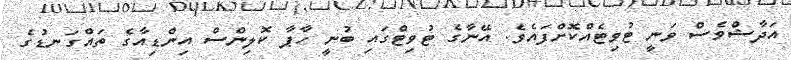
އަދާޝްވެސް ވަނީ ޓުވިޓެއްކޮށްފައެވެ. އޭނާގެ ޓުވިޓްގައި ބުނީ ހާޕާ ކޮލިންސް އިންޑިއާގެ ތައްގަނޑުގެ